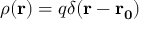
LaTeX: \rho ( \mathbf { r } ) = q \delta ( \mathbf { r - r _ { 0 } } )